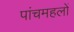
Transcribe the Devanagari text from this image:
पांचमहलों